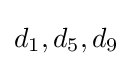
d_{1},d_{5},d_{9}